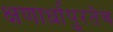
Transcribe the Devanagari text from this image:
क्षणार्धापुरतेच